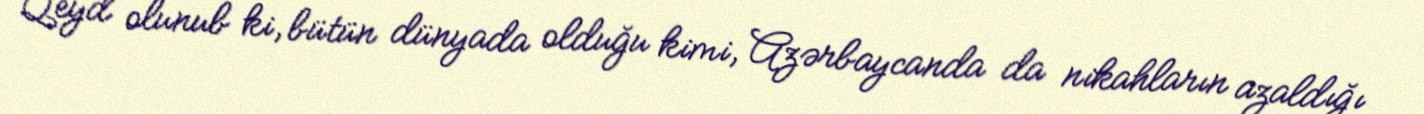
Qeyd olunub ki, bütün dünyada olduğu kimi, Azərbaycanda da nikahların azaldığı